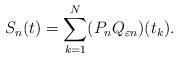
LaTeX: \begin{align*}S_n(t)=\sum_{k=1}^N (P_nQ_{\varepsilon n})(t_k).\end{align*}